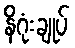
နိဂုံးချုပ်